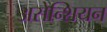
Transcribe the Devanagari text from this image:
असेन्शियन